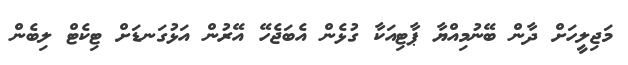
މަޖިލީހަށް ދާން ބޭނުމިއްޔާ ޕާޓިއަކާ ގުޅެން އެބަޖެހޭ އޭރުން އަޅުގަނޑަށް ޓިކެޓް ލިބެން